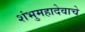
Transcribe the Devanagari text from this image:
शंभुमहादेवाचे